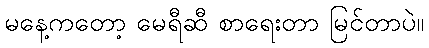
မနေ့ကတော့ မေရီဆီ စာရေးတာ မြင်တာပဲ။